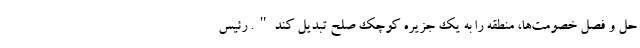
حل و فصل خصومت‌ها، منطقه را به یک جزیره کوچک صلح تبدیل کند". رئیس